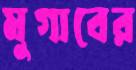
মুগাবের